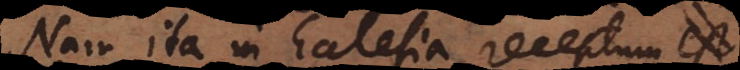
Nam ita in Ecclesia receptum est